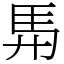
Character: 𮩴